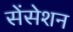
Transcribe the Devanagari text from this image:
सेंसेशन